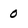
Character: 0